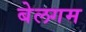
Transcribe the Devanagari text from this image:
बेलगम